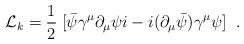
LaTeX: \begin{align*}{\cal L}_{k}=\frac{1}{2} \; [\bar{\psi}\gamma^{\mu}\partial_{\mu}\psi i-i(\partial_{\mu}\bar{\psi})\gamma^{\mu}\psi] \; \; .\end{align*}